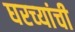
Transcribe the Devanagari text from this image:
घरच्‍यांची